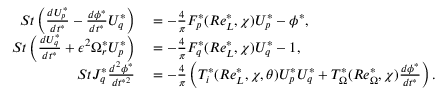
\begin{array} { r l } { S t \left( \frac { d U _ { p } ^ { * } } { d t ^ { * } } - \frac { d \phi ^ { * } } { d t ^ { * } } U _ { q } ^ { * } \right) } & { { } = - \frac { 4 } { \pi } F _ { p } ^ { * } ( R e _ { L } ^ { * } , \chi ) U _ { p } ^ { * } - \phi ^ { * } , } \\ { S t \left( \frac { d U _ { q } ^ { * } } { d t ^ { * } } + \epsilon ^ { 2 } \Omega _ { r } ^ { * } U _ { p } ^ { * } \right) } & { { } = - \frac { 4 } { \pi } F _ { q } ^ { * } ( R e _ { L } ^ { * } , \chi ) U _ { q } ^ { * } - 1 , } \\ { S t J _ { q } ^ { * } \frac { d ^ { 2 } \phi ^ { * } } { d t ^ { * 2 } } } & { { } = - \frac { 4 } { \pi } \left( T _ { i } ^ { * } ( R e _ { L } ^ { * } , \chi , \theta ) U _ { p } ^ { * } U _ { q } ^ { * } + T _ { \Omega } ^ { * } ( R e _ { \Omega } ^ { * } , \chi ) \frac { d \phi ^ { * } } { d t ^ { * } } \right) . } \end{array}